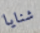
شنايا